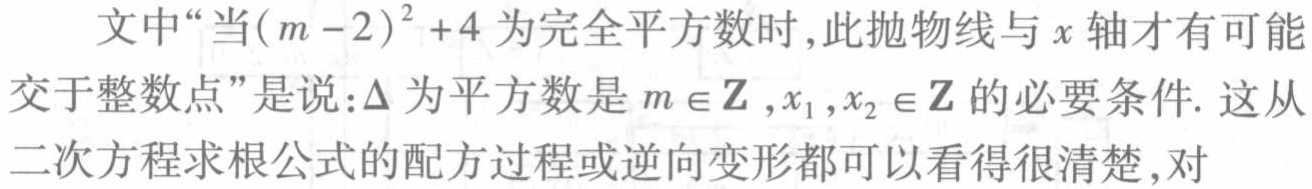
文中“当\((m - 2)^{2}+4\)为完全平方数时,此抛物线与\(x\)轴才有可能交于整数点”是说：\(\Delta\)为平方数是\(m\in\mathbf{Z},x_{1},x_{2}\in\mathbf{Z}\)的必要条件. 这从二次方程求根公式的配方过程或逆向变形都可以看得很清楚,对